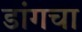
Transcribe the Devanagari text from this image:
डांगचा